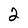
Character: 2